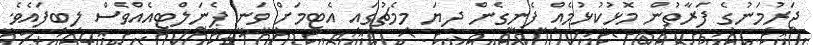
ޖަރުމަނުގެ ފަރާތުން މޮޅުކުޅުމެއް ފެނިގެން ދިޔަ މިމެޗުގައި އެޓީމަށް ވަނީ ޕެނަލްޓީއެއްވެސް ލިބިފައެވެ.